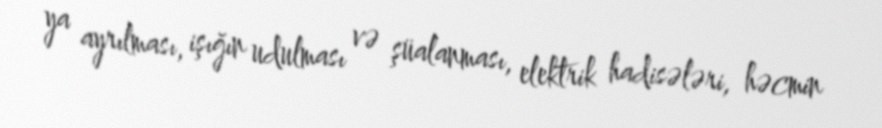
ya ayrılması, işığın udulması və şüalanması, elektrik hadisələri, həcmin